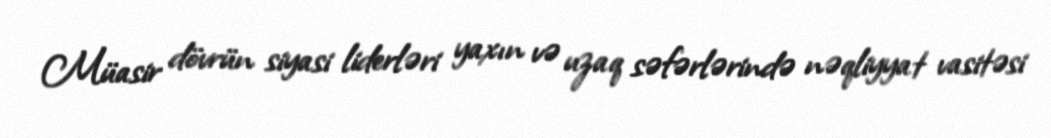
Müasir dövrün siyasi liderləri yaxın və uzaq səfərlərində nəqliyyat vasitəsi